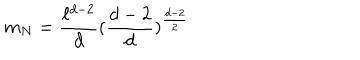
m _ { N } = \frac { \ell ^ { d - 2 } } { d } ( \frac { d - 2 } { d } ) ^ { \frac { d - 2 } { 2 } }